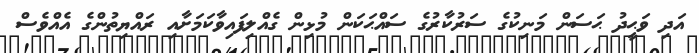
އަދި ވަޙީދު ޙަސަން މަނިކުގެ ސަރުކާރުގެ ސައްޙަކަން މުޅިން ގެއްލިފައިވާކަމަށާއި ރައްޔިތުންގެ އެއްވެސް